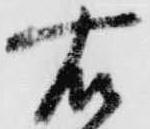
右